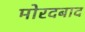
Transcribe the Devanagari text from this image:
मोरदबाद